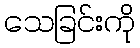
သေခြင်းကို